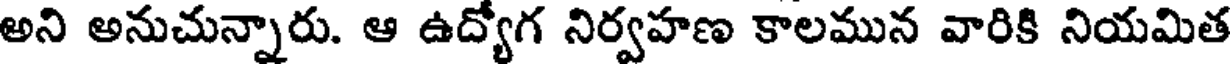
అని అనుచున్నారు. ఆ ఉద్యోగ నిర్వహణ కాలమున వారికి నియమిత